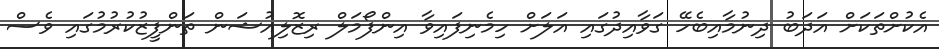
އެކުށްތަކަށް އަދަބު ދިނުމާއިބެހޭ ގަވާއިދުގައި އަލަށް ހިމެނިފައިވާ އިންފޯމަލް ރިޒޮލިއުޝަން ތަންފީޒުކުރުމުގައި ވެސް